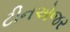
ટીનએજર